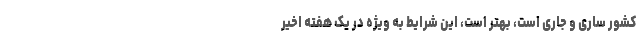
کشور ساری و جاری است، بهتر است، این شرایط به ویژه در یک هفته اخیر